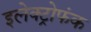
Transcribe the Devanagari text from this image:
इलेक्ट्रोफंक